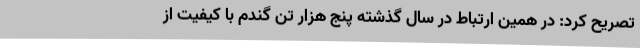
تصریح کرد: در همین ارتباط در سال گذشته پنج هزار تن گندم با کیفیت از